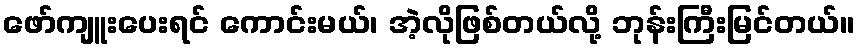
ဖော်ကျူးပေးရင် ကောင်းမယ်၊ အဲ့လိုဖြစ်တယ်လို့ ဘုန်းကြီးမြင်တယ်။